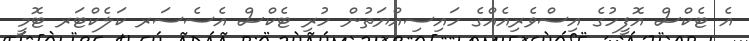
އެ ޓެކްސް އޮފީހުގެ އިސްވެރިއެއްގެ ހައިސިއްޔަތުން ހުރި ޓެކްސް އެސެސަރ ކަލެކްޓަރ ޓޮމީ